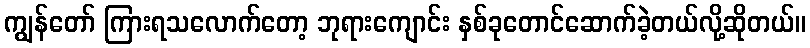
ကျွန်တော် ကြားရသလောက်တော့ ဘုရားကျောင်း နှစ်ခုတောင်ဆောက်ခဲ့တယ်လို့ဆိုတယ်။